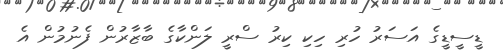
ޑީސީޑީގެ އަސަރު ހުރި ހިކި ކިރު ސްރީ ލަންކާގެ ބާޒާރުން ފެނުމުން އެ